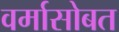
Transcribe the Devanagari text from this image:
वर्मासोबत